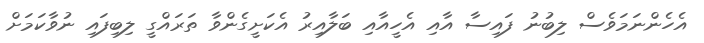
އެހެންނަމަވެސް ލިބުނު ފައިސާ އާއި އެހީއާއި ބަލާއިރު އެކަށީގެންވާ ތަރައްގީ ލިބިފައި ނުވާކަމަށް